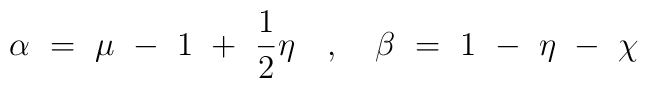
\alpha ~=~ \mu ~-~ 1 ~+~ \frac{1}{2} \eta ~~~,~~~ \beta ~=~ 1 ~-~ \eta ~-~ \chi